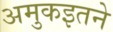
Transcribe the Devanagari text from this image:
अमुकइतने